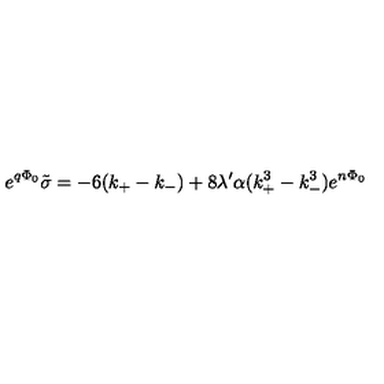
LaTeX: e ^ { q \Phi _ { 0 } } \tilde { \sigma } = - 6 ( k _ { + } - k _ { - } ) + 8 \lambda ^ { \prime } \alpha ( k _ { + } ^ { 3 } - k _ { - } ^ { 3 } ) e ^ { n \Phi _ { 0 } }